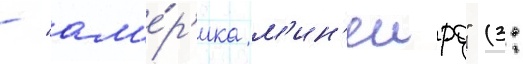
- "ам'е́р'ика м'ин'еиро" (3: